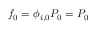
f _ { 0 } = \phi _ { i , 0 } P _ { 0 } = P _ { 0 }